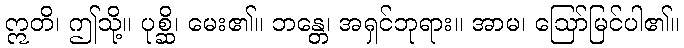
ဣတိ၊ ဤသို့။ ပုစ္ဆိ၊ မေး၏။ ဘန္တေ၊ အရှင်ဘုရား။ အာမ၊ ဩော်မြင်ပါ၏။